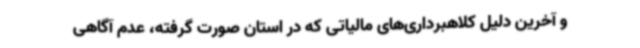
و آخرین دلیل کلاهبرداری‌های مالیاتی که در استان صورت گرفته‌، عدم آگاهی